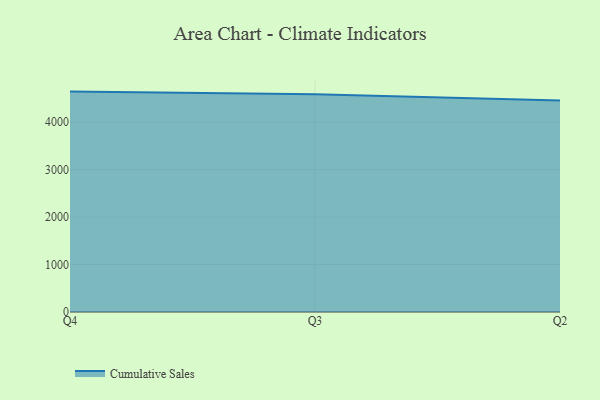
{"axis": {"x": "Quarter", "y": "Energy Usage (MWh)"}, "legend": ["Cumulative Sales"], "data": [{"x": "Q4", "y": 4644.3, "type": "Cumulative Sales"}, {"x": "Q3", "y": 4587.9, "type": "Cumulative Sales"}, {"x": "Q2", "y": 4455.4, "type": "Cumulative Sales"}]}